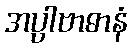
အပ္ပါဗာဓာနံ